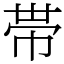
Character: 帯